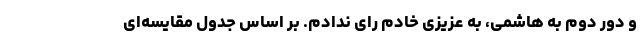
و دور دوم به هاشمی، به عزیزی خادم رای ندادم. بر اساس جدول مقایسه‌ای